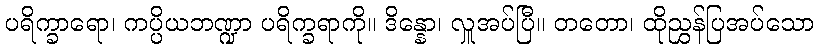
ပရိက္ခာရော၊ ကပ္ပိယဘဏ္ဍာ ပရိက္ခရာကို။ ဒိန္နော၊ လှူအပ်ပြီ။ တတော၊ ထိုညွှန်ပြအပ်သော